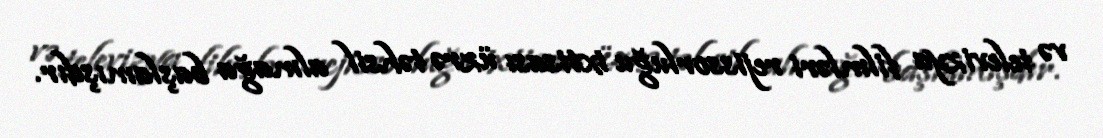
və televizya filmləri rejissorluğu ixtisası üzrə təhsil almağa başlamışdır.